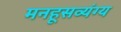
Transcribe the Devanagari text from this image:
मनहूसव्यंग्य